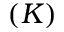
( K )